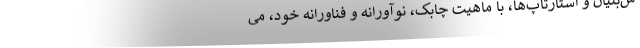
ش‌بنیان و استارتاپ‌ها، با ماهیت چابک، نوآورانه و فناورانه خود، می